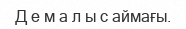
Д е м а л ы с аймағы.